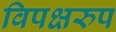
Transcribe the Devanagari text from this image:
विपक्षरुप